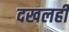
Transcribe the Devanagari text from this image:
दखलही